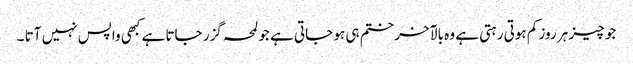
جو چیز ہر روز کم ہوتی رہتی ہے وہ بالآخر ختم ہی ہو جاتی ہے جو لمحہ گزر جاتا ہے کبھی واپس نہیں آتا ۔